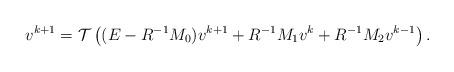
LaTeX: \begin{align*}v^{k+1}={\cal T}\left((E-R^{-1}M_0)v^{k+1}+R^{-1}M_1 v^k+R^{-1}M_2v^{k-1}\right).\end{align*}